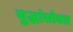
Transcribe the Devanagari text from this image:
युद्धांसोबत